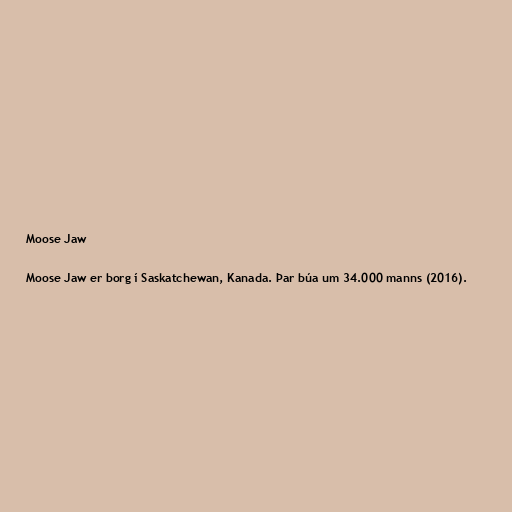
Moose Jaw

Moose Jaw er borg í Saskatchewan, Kanada. Þar búa um 34.000 manns (2016).